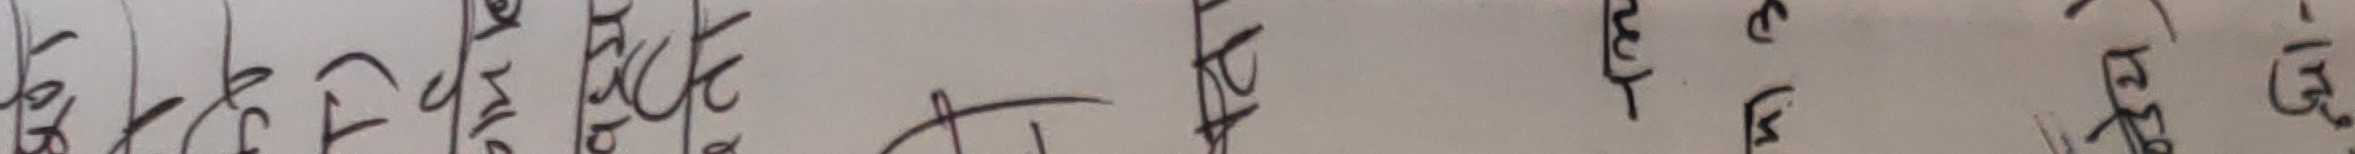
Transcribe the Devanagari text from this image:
रहित्छ है ।